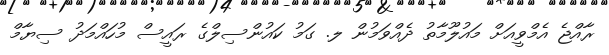
ރާއްޖެ އެމްވީއަށް މައުލޫމާތު ދެއްވަމުން ލ. ގަމު ކައުންސިލްގެ ރައީސް މުހައްމަދު ސިޔާމް